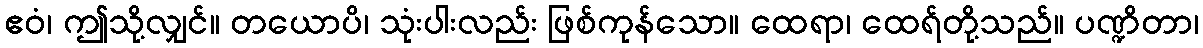
ဧဝံ၊ ဤသို့လျှင်။ တယောပိ၊ သုံးပါးလည်း ဖြစ်ကုန်သော။ ထေရာ၊ ထေရ်တို့သည်။ ပဏ္ဍိတာ၊